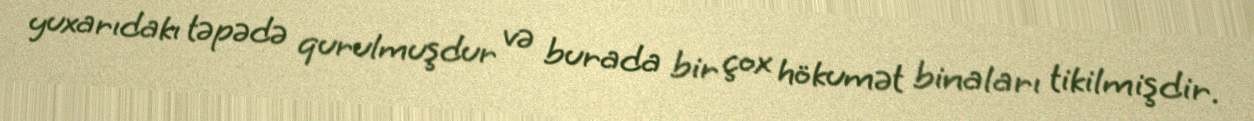
yuxarıdakı təpədə qurulmuşdur və burada bir çox hökumət binaları tikilmişdir.